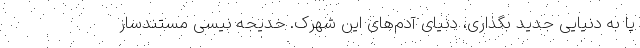
پا به دنیایی جدید بگذاری، دنیای آدم‌های این شهرک. خدیجه نیسی مستندساز